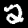
Digit: 2